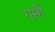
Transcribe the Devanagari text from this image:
गुरुहै